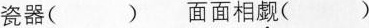
瓷器（） 面面相觑（）